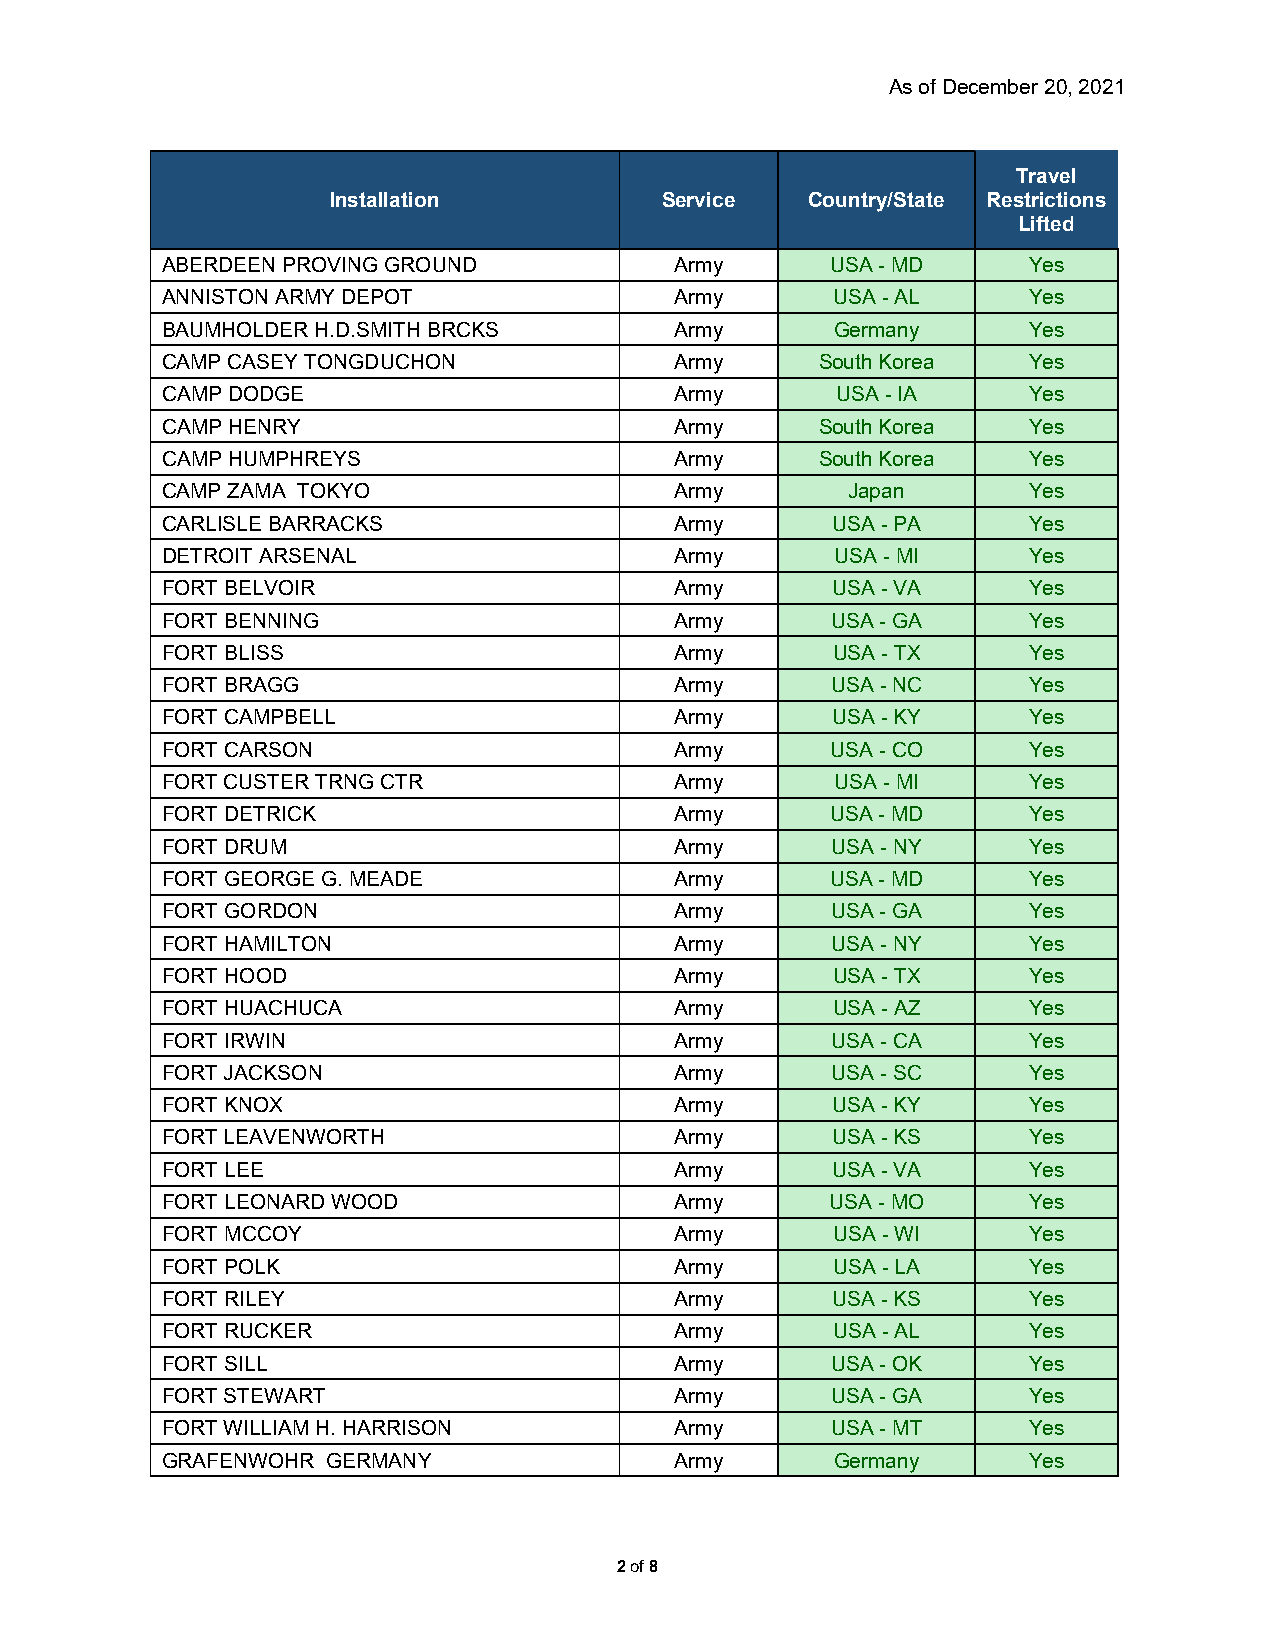
As of December 20, 2021
 Travel
 Installation          Service   Country/State Restrictions
 Lifted
 ABERDEEN PROVING GROUND           Army      USA - MD     Yes
 ANNISTON ARMY DEPOT               Army      USA - AL     Yes
 BAUMHOLDER H.D.SMITH BRCKS        Army      Germany      Yes
 CAMP CASEY TONGDUCHON             Army     South Korea   Yes
 CAMP DODGE                        Army      USA - IA     Yes
 CAMP HENRY                        Army     South Korea   Yes
 CAMP HUMPHREYS                    Army     South Korea   Yes
 CAMP ZAMA TOKYO                   Army       Japan       Yes
 CARLISLE BARRACKS                 Army      USA - PA     Yes
 DETROIT ARSENAL                   Army      USA - MI     Yes
 FORT BELVOIR                      Army      USA - VA     Yes
 FORT BENNING                      Army      USA - GA     Yes
 FORT BLISS                        Army      USA - TX     Yes
 FORT BRAGG                        Army      USA - NC     Yes
 FORT CAMPBELL                     Army      USA - KY     Yes
 FORT CARSON                       Army      USA - CO     Yes
 FORT CUSTER TRNG CTR              Army      USA - MI     Yes
 FORT DETRICK                      Army      USA - MD     Yes
 FORT DRUM                         Army      USA - NY     Yes
 FORT GEORGE G. MEADE              Army      USA - MD     Yes
 FORT GORDON                       Army      USA - GA     Yes
 FORT HAMILTON                     Army      USA - NY     Yes
 FORT HOOD                         Army      USA - TX     Yes
 FORT HUACHUCA                     Army      USA - AZ     Yes
 FORT IRWIN                        Army      USA - CA     Yes
 FORT JACKSON                      Army      USA - SC     Yes
 FORT KNOX                         Army      USA - KY     Yes
 FORT LEAVENWORTH                  Army      USA - KS     Yes
 FORT LEE                          Army      USA - VA     Yes
 FORT LEONARD WOOD                 Army      USA - MO     Yes
 FORT MCCOY                        Army      USA - WI     Yes
 FORT POLK                         Army      USA - LA     Yes
 FORT RILEY                        Army      USA - KS     Yes
 FORT RUCKER                       Army      USA - AL     Yes
 FORT SILL                         Army      USA - OK     Yes
 FORT STEWART                      Army      USA - GA     Yes
 FORT WILLIAM H. HARRISON          Army      USA - MT     Yes
 GRAFENWOHR GERMANY                Army      Germany      Yes
 2 of 8